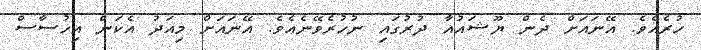
ހުރެއެވެ. އޭނައަށް ދެން ޔޫޝައުއާ ދުރުގައި ނުހުރެވޭނެއެވެ. އޭނައަށް މިއަދު އެކަން އިހުސާސް